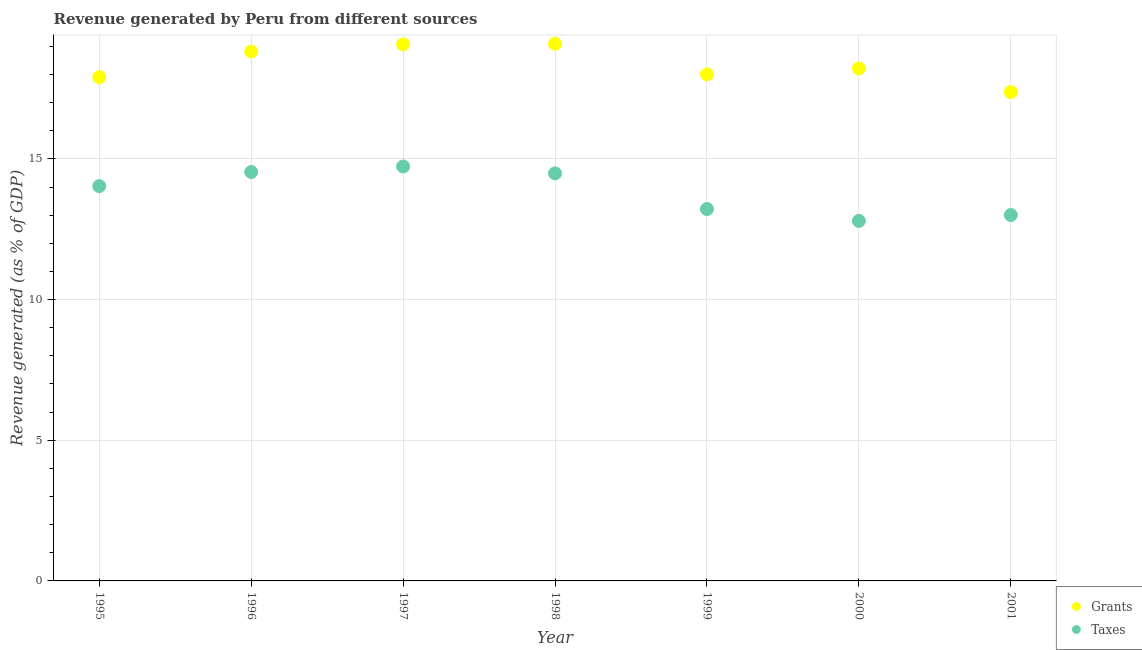
| Year | Grants | Taxes |
 | --- | --- | --- |
 | 1995 | 17.9 | 14 |
 | 1996 | 18.8 | 14.5 |
 | 1997 | 19.1 | 14.7 |
 | 1998 | 19.1 | 14.5 |
 | 1999 | 18 | 13.2 |
 | 2000 | 18.2 | 12.8 |
 | 2001 | 17.4 | 13 |